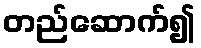
တည်ဆောက်၍